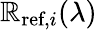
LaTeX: \mathbb{R}_{\textrm{{ref}},i}(\lambda)